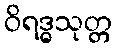
ဝိရဒ္ဓသုတ္တ